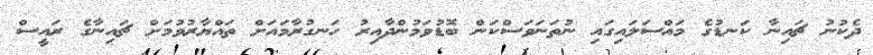
ދެކުނު ޗައިނާ ކަނޑުގެ މައްސަލައިގައި ނުތަނަވަސްކަން ބޮޑުވަމުންދާއިރު ހަނގުރާމައަށް ތައްޔާރުވުމަށް ޗައިނާގެ ރައީސް